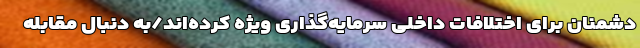
دشمنان برای اختلافات داخلی سرمایه‌گذاری ویژه کرده‌اند/به دنبال مقابله